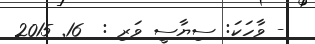
- ވާހަކަ: ސިޔާސީ ވަރި :  16